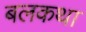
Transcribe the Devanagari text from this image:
बलकथा